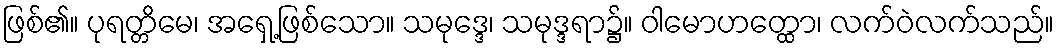
ဖြစ်၏။ ပုရတ္တိမေ၊ အရှေ့ဖြစ်သော။ သမုဒ္ဒေ၊ သမုဒ္ဒရာ၌။ ဝါမောဟတ္ထော၊ လက်ဝဲလက်သည်။